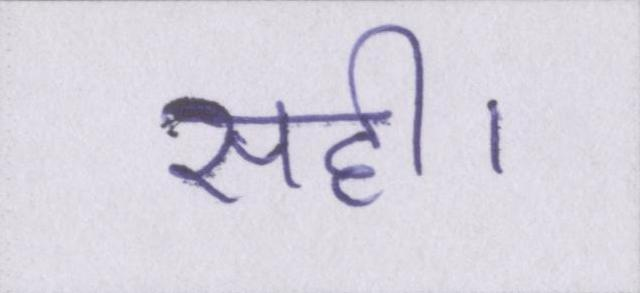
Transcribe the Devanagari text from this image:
सही।